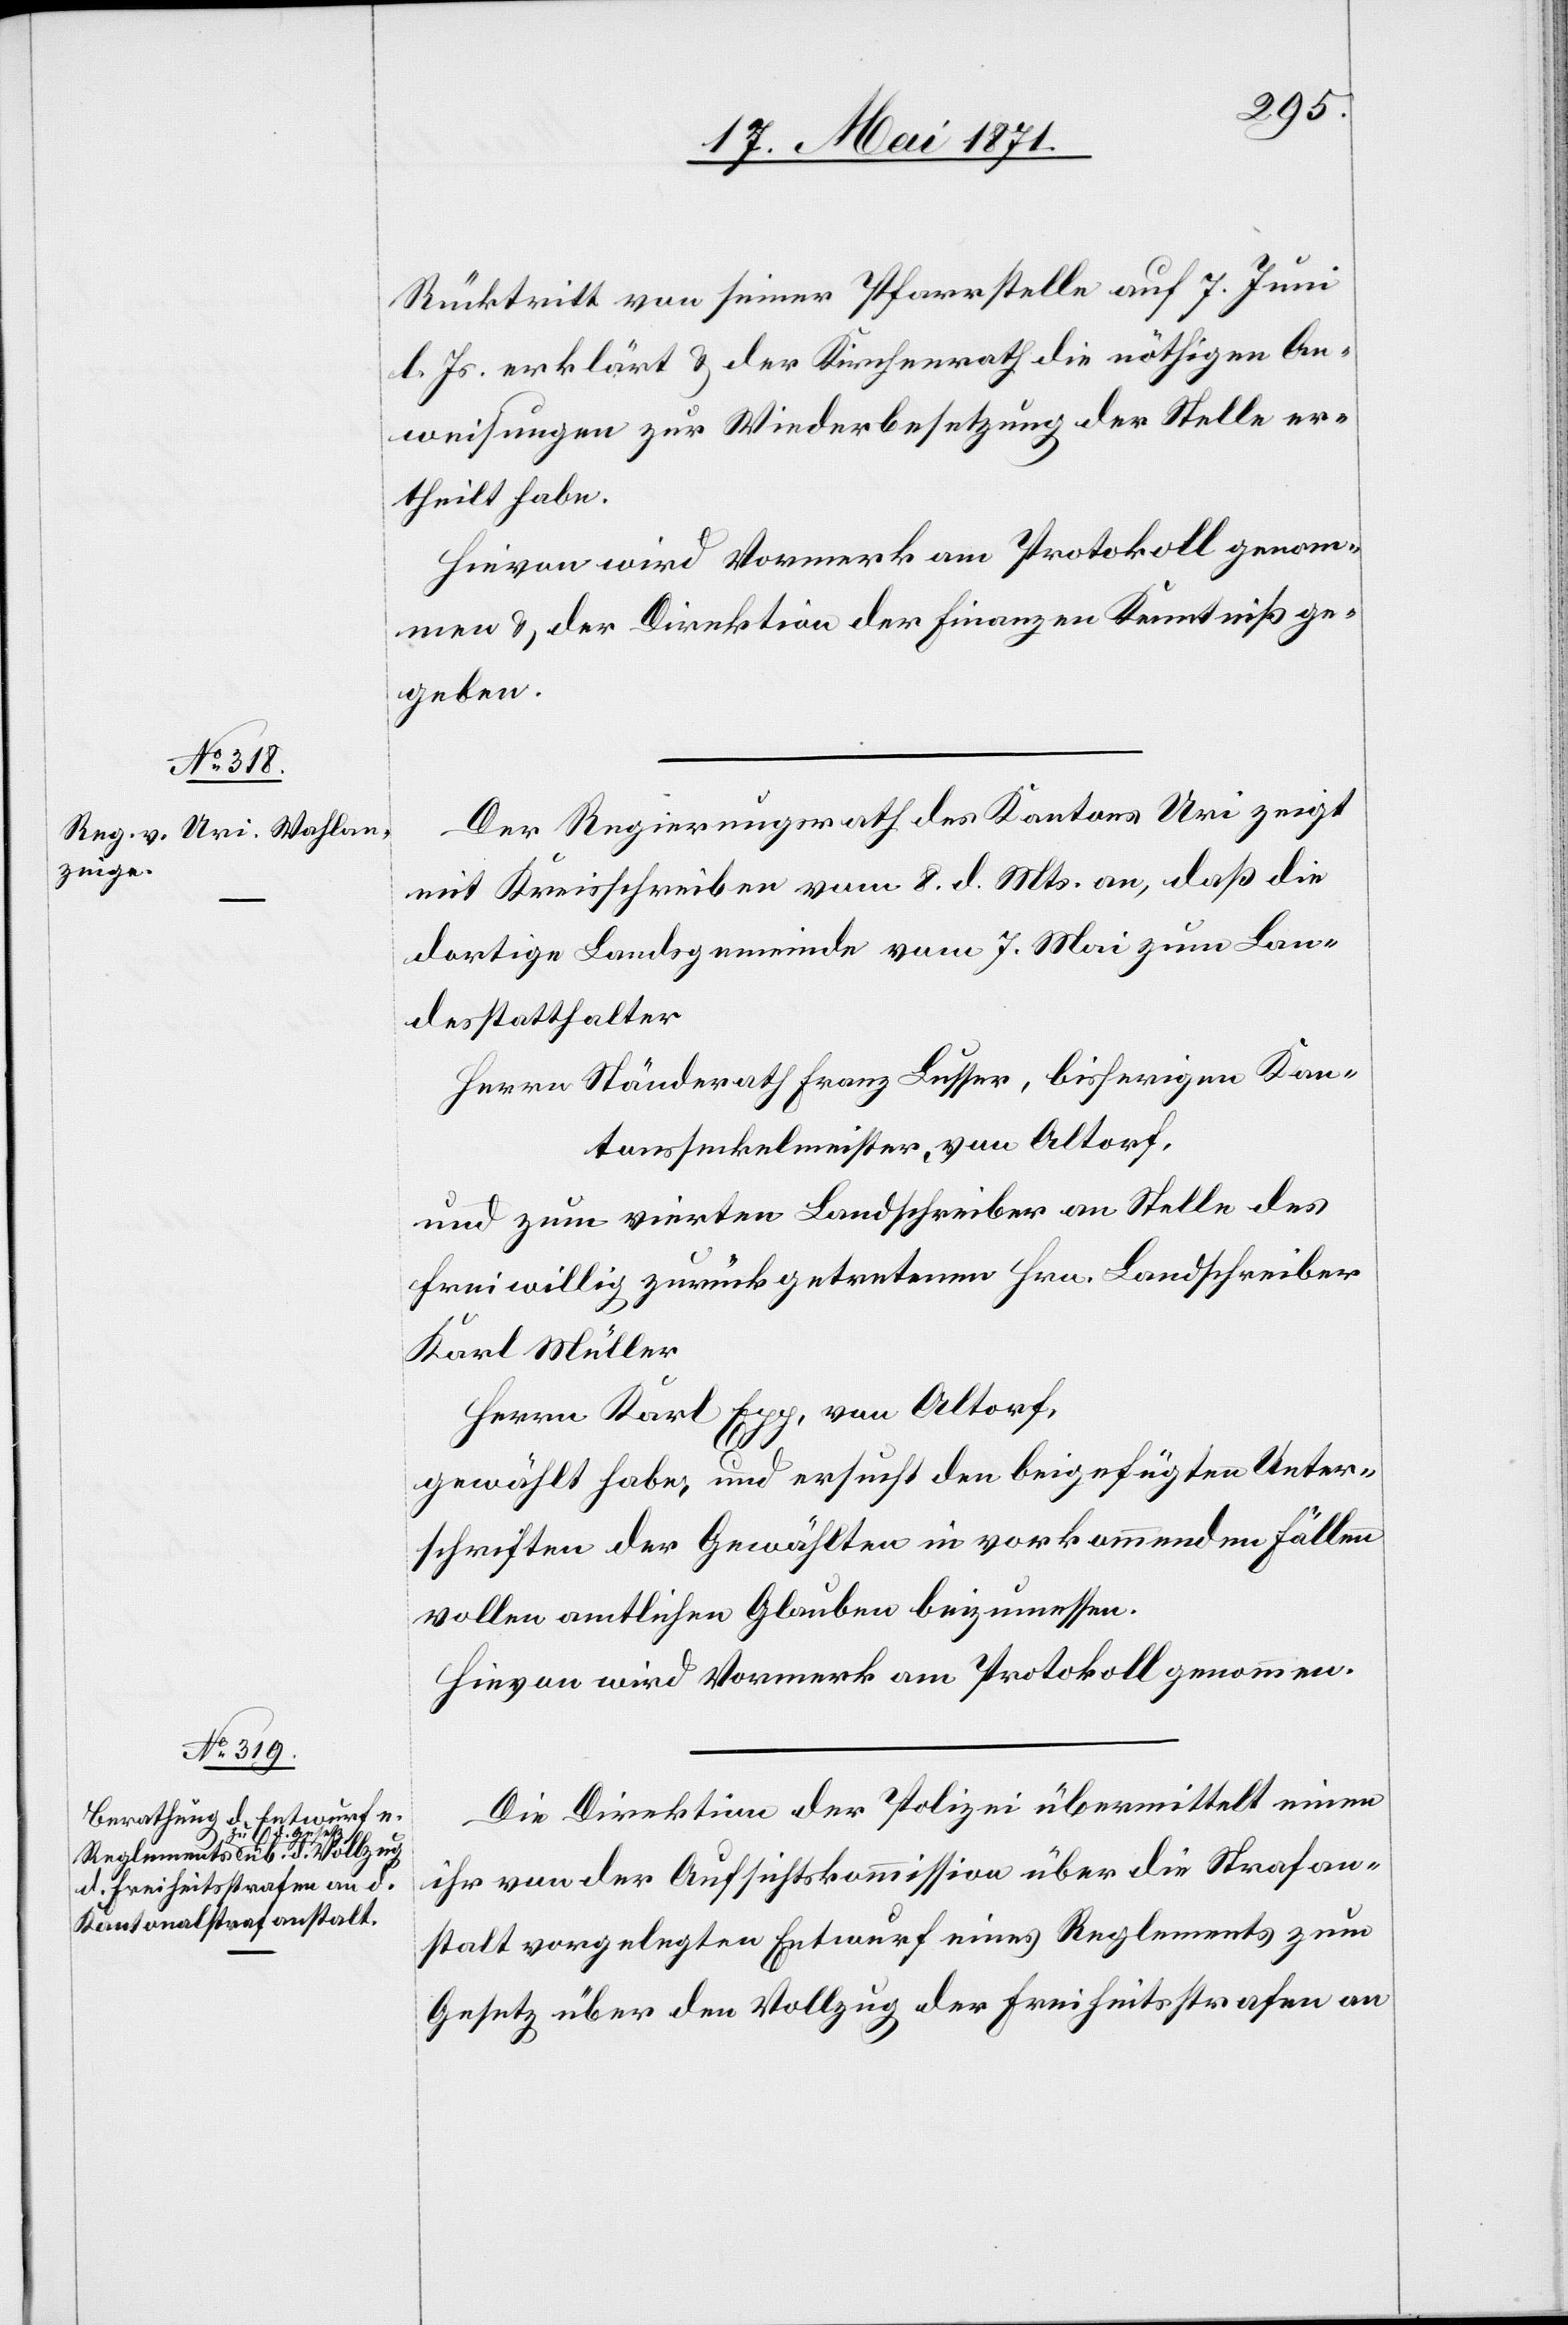
Rücktritt von seiner Pfarrstelle auf 7. Juni
l. Js. erklärt u. der Kirchenrath die nöthigen An¬
weisungen zur Wiederbesetzung der Stelle er¬
theilt habe.
Hievon wird Vormerk am Protokoll genom¬
men u. der Direktion der Finanzen Kenntniß ge¬
geben.
Der Regierungsrath des Kantons Uri zeigt
mit Kreisschreiben vom 8. d. Mts. an, daß die
dortige Landsgemeinde vom 7. Mai zum Lan¬
desstatthalter
Herr Ständerath Franz Lusser, bisherigen Kan¬
tonsseckelmeister, von Altorf,
und zum vierten Landschreiben an Stelle des
freiwillig zurückgetretenen Hrn. Landschreiber
Karl Müller
Herr Karl Egg, von Altorf,
gewählt habe, und ersucht den beigefügten Unter¬
schriften der Gewählten in vorkommenden Fällen
vollen amtlichen Glauben beizumessen.
Hievon wird Vormerk am Protokoll genommen.